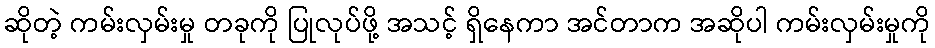
ဆိုတဲ့ ကမ်းလှမ်းမှု တခုကို ပြုလုပ်ဖို့ အသင့် ရှိနေကာ အင်တာက အဆိုပါ ကမ်းလှမ်းမှုကို